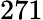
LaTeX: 271